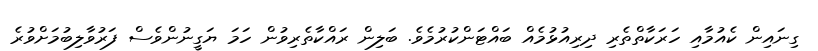
ގިނައިން ކެއުމާއި ހަރަކާތްތެރި ދިރިއުޅުމެއް ބައްޓަންކުރުމެވެ. ބަލިން ރައްކާތެރިވުން ހަމަ ޔަގީނުންވެސް ފަރުވާލިބުމަށްވުރެ